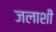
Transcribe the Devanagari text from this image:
जलाशी